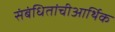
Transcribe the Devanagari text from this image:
संबंधितांचीआर्थिक